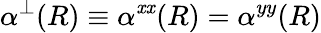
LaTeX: \alpha^{\perp}(R)\equiv\alpha^{\mathit{x}\mathit{x}}(R)=\alpha^{yy}(R)